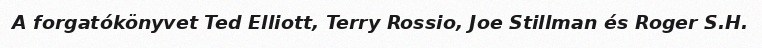
A forgatókönyvet Ted Elliott, Terry Rossio, Joe Stillman és Roger S.H.